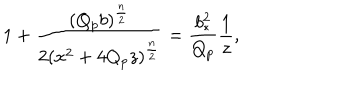
LaTeX: 1 + { \frac { ( Q _ { p } b ) ^ { \frac { n } { 2 } } } { 2 ( x ^ { 2 } + 4 Q _ { p } z ) ^ { \frac { n } { 2 } } } } = { \frac { b _ { * } ^ { 2 } } { Q _ { p } } } { \frac { 1 } { z } } ,